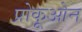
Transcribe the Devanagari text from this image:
प्रोकूओन